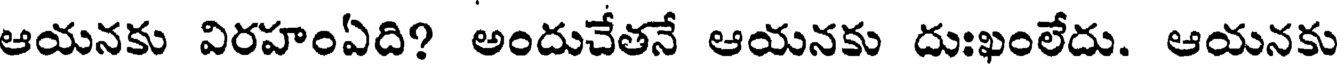
ఆయనకు విరహంఏది? అందుచేతనే ఆయనకు దుఃఖంలేదు. ఆయనకు